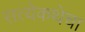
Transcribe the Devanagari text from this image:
सत्येकथेचा